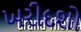
ખરીદશો